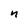
Character: n